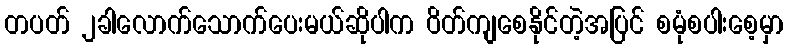
တပတ် ၂ခါလောက်သောက်ပေးမယ်ဆိုပါက ဝိတ်ကျစေနိုင်တဲ့အပြင် စမုံစပါးစေ့မှာ